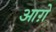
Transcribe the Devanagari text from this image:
आग़े